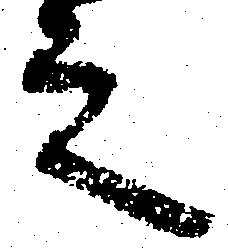
之